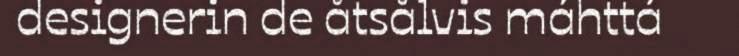
designerin de åtsålvis máhttá